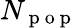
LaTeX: N_{\mathrm{~p~o~p~}}